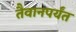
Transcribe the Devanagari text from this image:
तैवानपर्यंत